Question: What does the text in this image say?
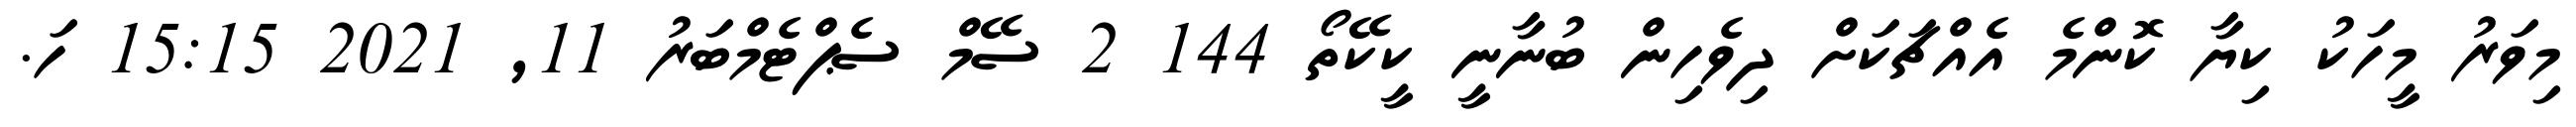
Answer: މިވަރު މީހަކު ކިޔާ ކޮންމެ އެއްޗަކަށް ދިވެހިން ބުނާނީ ކީކޭތޯ 144 2 ސޭމް ސެޕްޓެމްބަރު 11, 2021 15:15 ހަ.